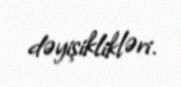
dəyişiklikləri.